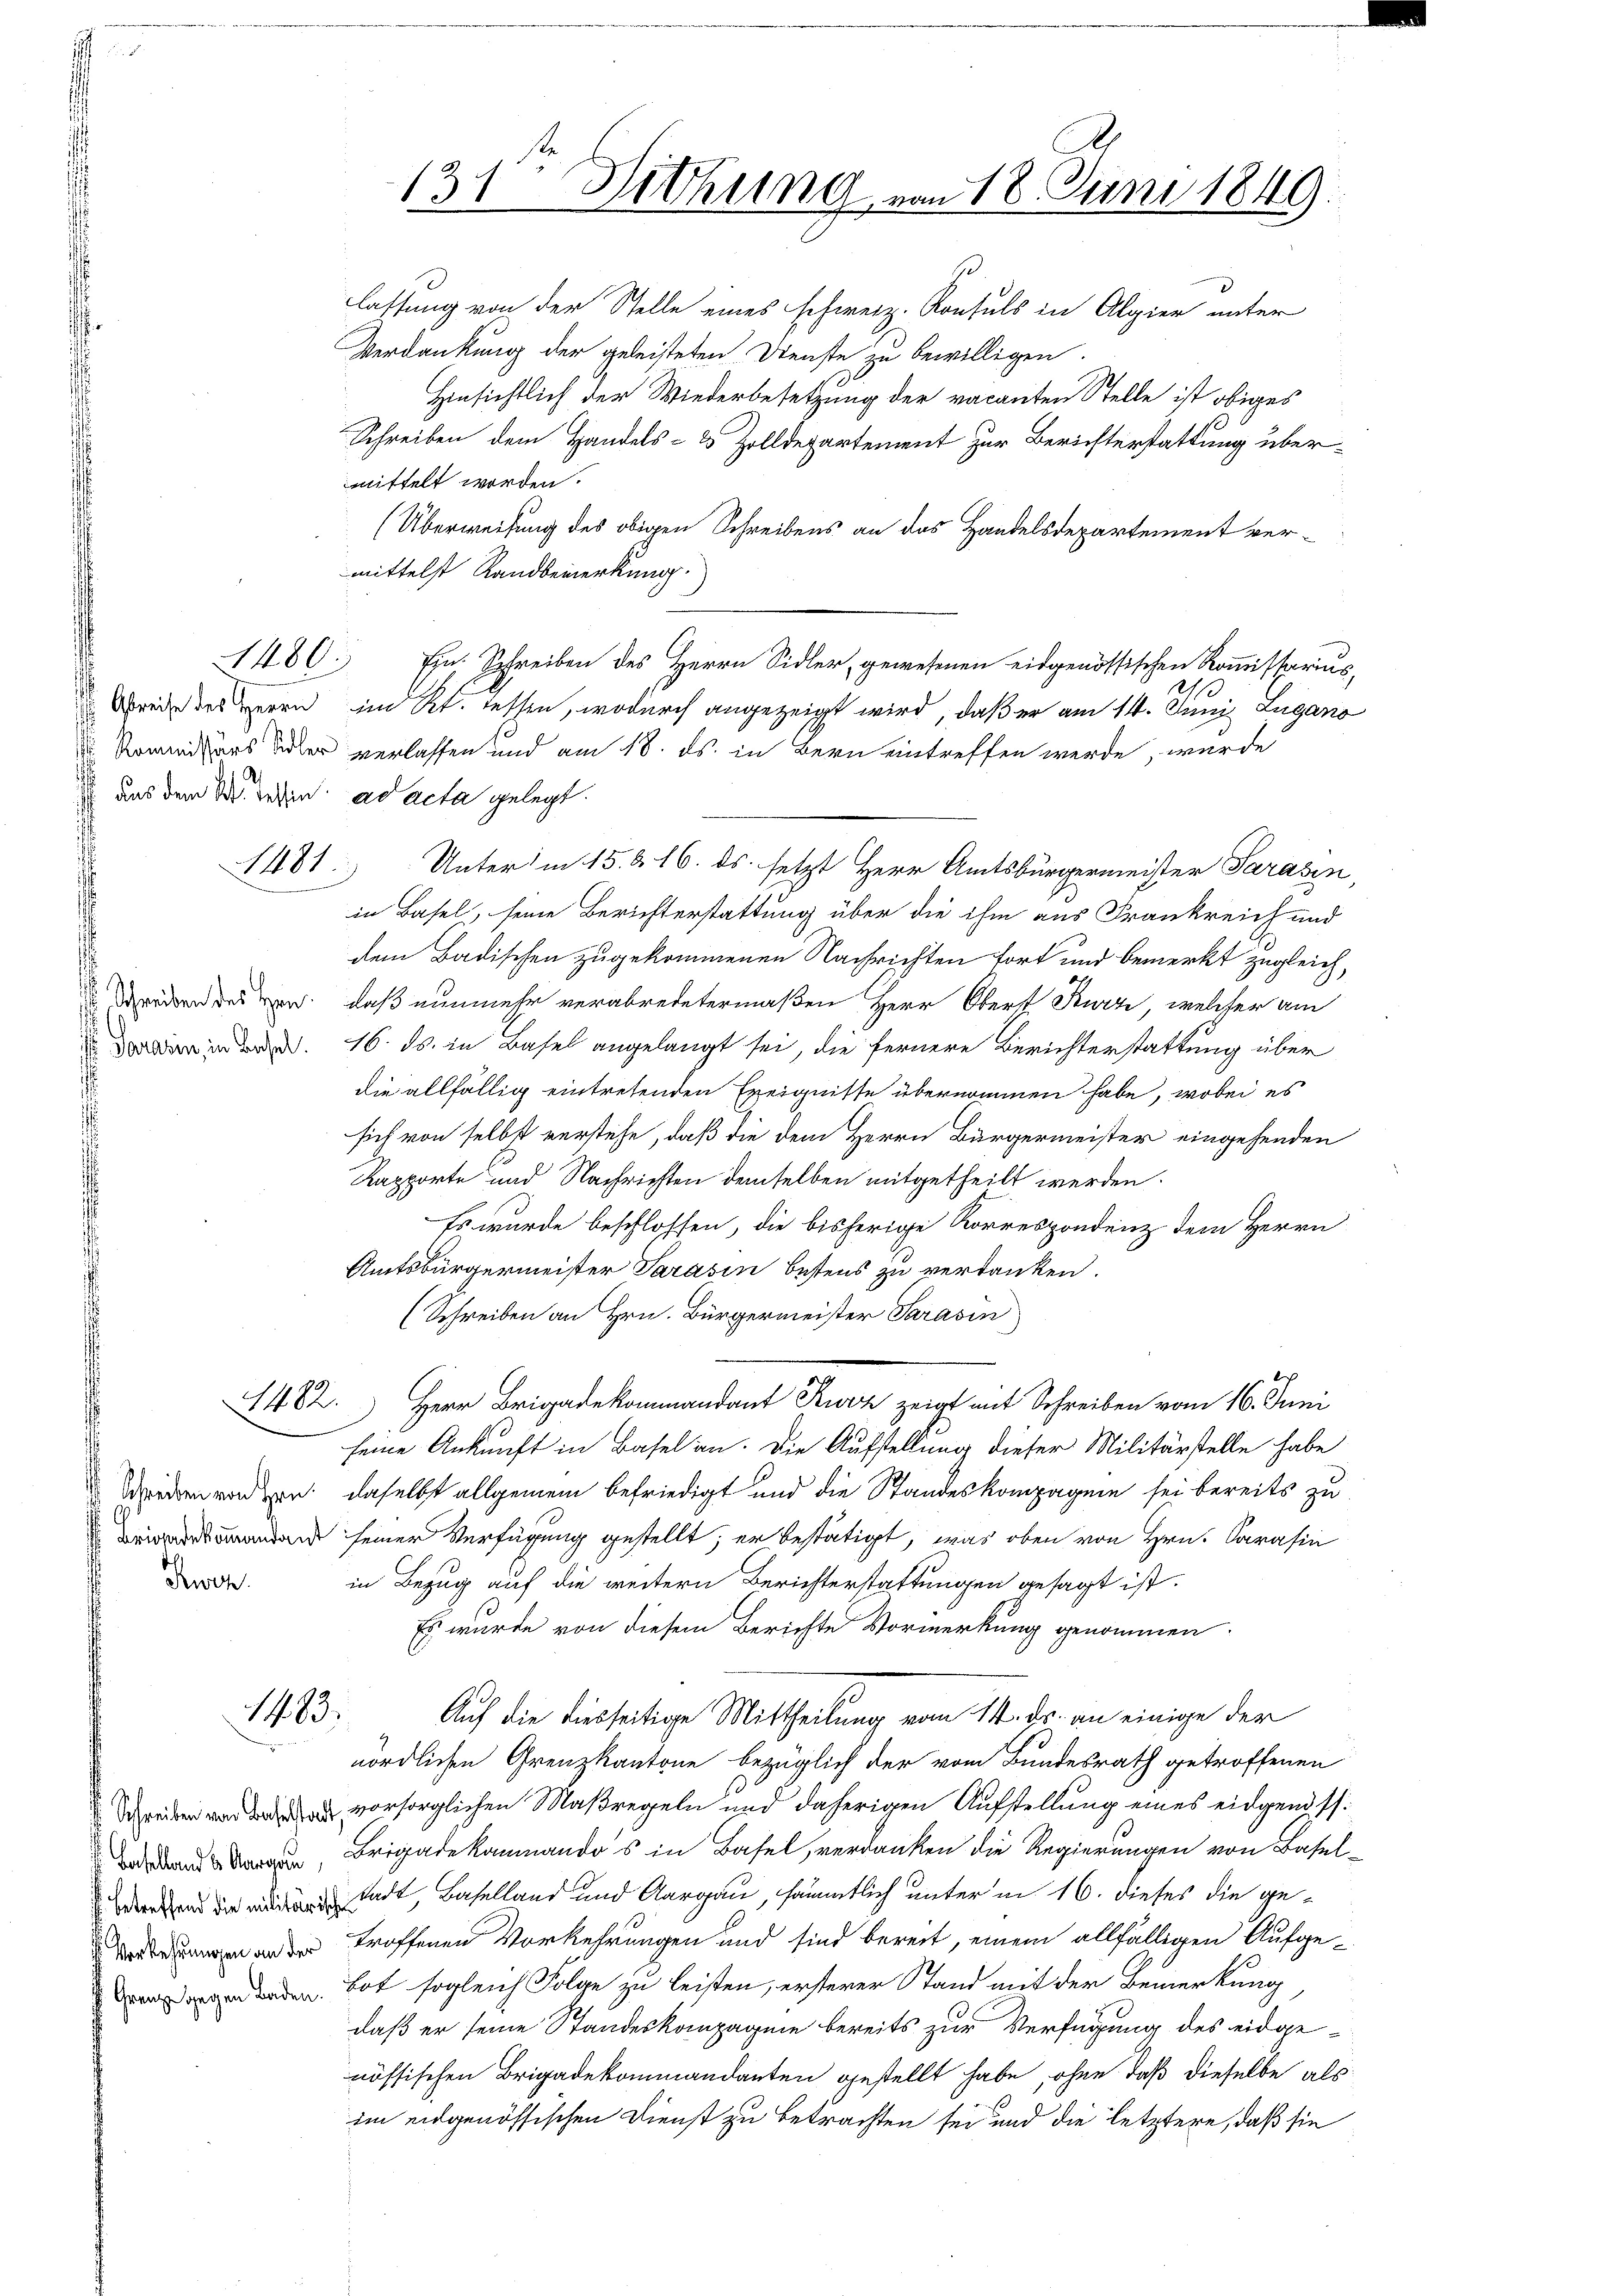
aus dem St. Lesen ad acta gelegt.

101

1402.

Swe

1483.

131ten Sitzung vom 18. Juni 1849.
zu
lassung von der Stelle eines schweiz. Konsuls in Algier unter

Verdankung der geleisteten Dienste zu bewilligen.
Hinsichtlich der Wiederbesetzung der vacanten Stelle ist obiges
Schreiben dem Handels- & Zolldepartement zur Berichterstattung übermittelt worden.
(Überweisung des obigen Schreibens an das Handelsdepartement vermittelst Sandbemerkung.
1480. Ein Schreiben des Herrn Sidler, gewesenen eidgenössischen Kommissarius,
9/10
reise des Herrn im Kt. Tessen, wodurch angezeigt wird, daß er am 14. Juni Lugano
 Kommissärs oder verlassen und am 18. ds. in Bern eintreffen werde, wurde
Unter in 15. § 16. ds. setzt Herr Amtsbürgermeister Parasen,
in Basel, seine Berichterstattung über die ihm aus Frankreich und
dem Badischen zugekommenen Nachrichten fort und bemerkt zugleich,
ddressen, daß nunmehr verabredetermaßen Herr Oberst Kurz, welcher am
inr. 16. ds. in Basel angelangt sei, die fernere Berichterstattung über
die allfällig eintretenden Ereignisse übernommen habe, wobei es
sich von selbst verstehe, daß die dem Herrn Bürgermeister eingehenden
Kapporte und Nachrichten demselben mitgetheilt werden.
Es wurde beschlossen, die bisherige Korrespondenz dem Herrn
Amtsbürgermeister Sarasin bestens zu verdanken.
(Schreiben an Hrn. Bürgermeister Sarasin
Herr Brigadekommandant Kurz zeigt mit Schreiben vom 16. Juni
seine Ankunft in Basel an. Die Aufstellung dieser Militärstelle habe
 Weiden worden, daselbst allgemein befriedigt und die Standeskompagnie sei bereits zu
 seiner Verfügung gestellt; er bestätigt, was oben von Hrn. Carasin
in Bezug auf die weitern Berichterstattungen gesagt ist.
Es wurde von diesem Berichte Vormerkung genommen.
Auf die diesseitige Mittheilung vom 14. ds. an einige der
nördlichen Grenzkantone bezüglich der vom Bundesrath getroffenen
 vorsorglichen Maßregeln und daherigen Aufstellung eines eidgenöss
, Brigadekammandos in Basel, verdanken die Regierungen von Baseltadt, Baselland und Aargau, sämmtlich unter in 16. dieses die ge¬
 oder troffenen Vorkehrungen und sind bereit, einem allfälligen Aufgeaden. Bot sogleich Folge zu leisten, ersterer Stand mit der Bemerkung
daß er seine Standeskompagnie bereits zur Verfügung des eidgenössischen Brigadekommandanten gestellt habe, ohne daß dieselbe als
im eidgenössischen Dienst zu betrachten sei und die letztere, daß sie